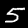
Digit: 5